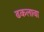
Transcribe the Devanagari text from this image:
ढकलावा